Tartu_pedagoogiumi_aruanded, lk 33
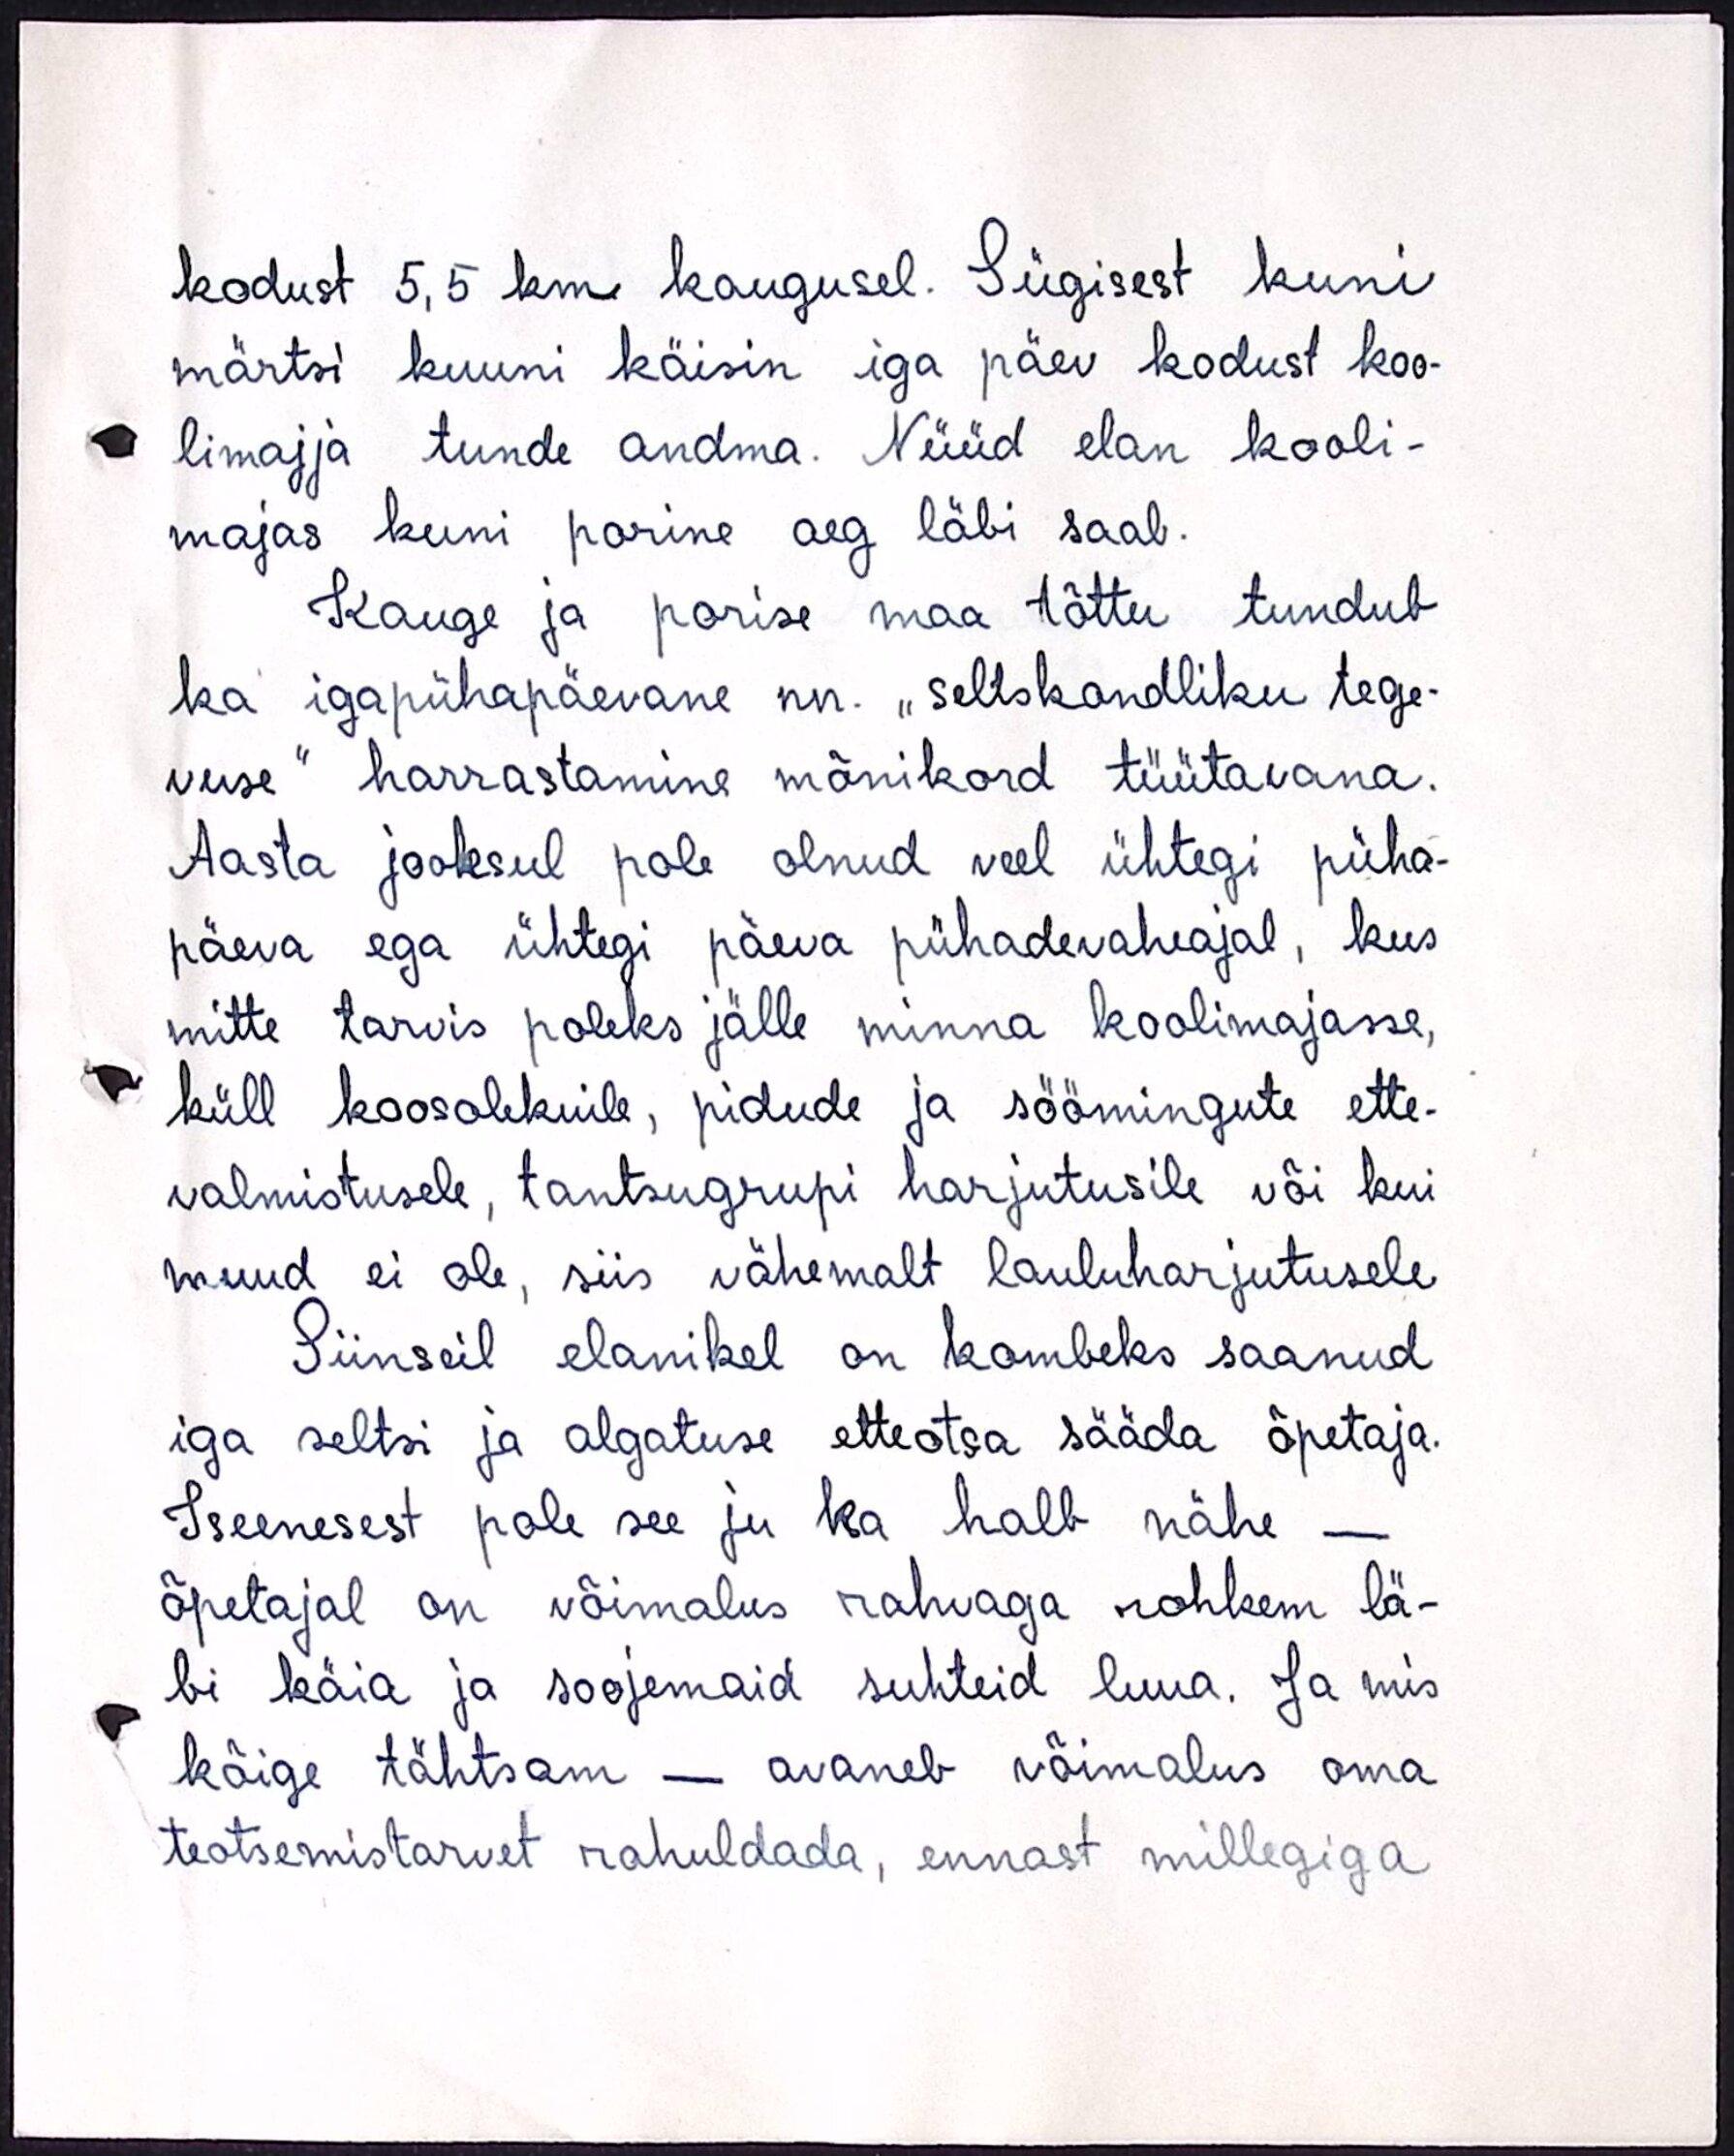
kodust 5,5 km kaugusel. Sügisest kuni
märtsi kuni käisin iga päev kodust koo-
limajja tunde andma. Nüüd elan kooli-
majas kuni porine aeg läbi saab.
Kauge ja porise maa tõttu tundub,
ka igapühapäevane nn. „seltskondliku tege-
vuse" harrastamine mõnikord tüütavana.
Aasta jooksul pole olnud veel ühtegi püha-
päeva ega ühtegi päeva pühadevaheajal, kus
mitte tarvis poleks jälle minna koolimajasse,
küll koosolekuile, pidude ja söömingute ette-
valmistusele, tantsugrupi harjutusile või kui
muud ei ole, siis vähemalt lauluharjutusele
Siinseil elanikel on kombeks saanud
iga seltsi ja algatuse etteotsa sääda õpetaja.
Iseenesest pole see ju ka halb nähe -
õpetajal on võimalus rahvaga rohkem lä-
bi käia ja soojemaid suhteid luua. Ja mis
kõige tähtsam - avaneb võimalus oma
teotsemistarvet rahuldada, ennast millegiga